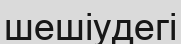
шешіудегі